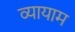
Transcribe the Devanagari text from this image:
व्‍यायाम